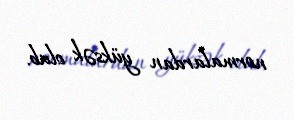
normalardan yüksək olub.